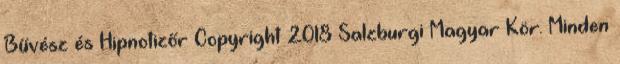
Bűvész és Hipnotizőr Copyright 2018 Salzburgi Magyar Kör. Minden